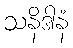
သနိဒါနံ